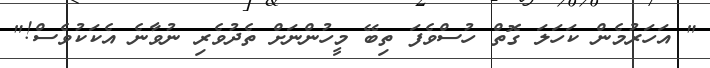
" އަހަރުމެން ކަހަލަ ގޮތް ހުސްވެފަ ތިބޭ މީހުންނަށް ތެދުވެރި ނުވާނެ އެކަކުވެސް!"